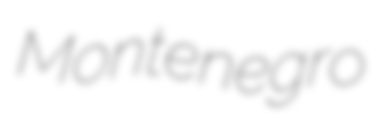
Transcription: Montenegro